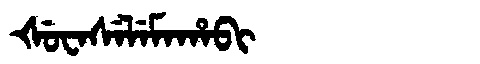
Manchu: ᡧᡠᠸᠠᠰᡝᠯᡝᠮᠠᡥᠠᠪᡳ
Romanization: ŠUWASELEMAHABI